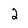
Character: 2